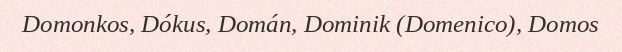
Domonkos, Dókus, Domán, Dominik (Domenico), Domos